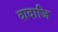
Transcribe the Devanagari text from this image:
दादाजि